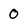
Character: 0